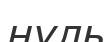
нуль